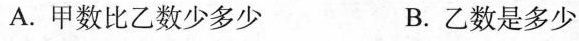
A.甲数比乙数少多少 B.乙数是多少